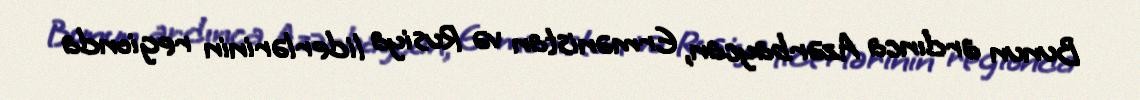
Bunun ardınca Azərbaycan, Ermənistan və Rusiya liderlərinin regionda